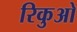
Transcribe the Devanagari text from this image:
रिकुओ